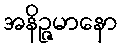
အနိဉ္ဇမာနော